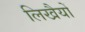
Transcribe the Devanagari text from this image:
लिखैयों